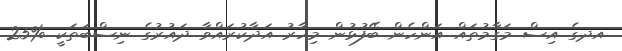
އދގެ އިސް މަގާމުތައް އަންހެން ބޭފުޅުން މިހާރު އަދާކުރައްވާ ދައުރުގެ ނިސްބަތަކީ %25